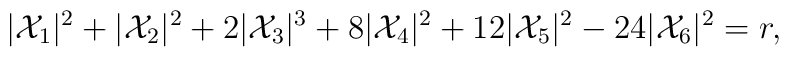
|{\cal X}_1|^2+|{\cal X}_2|^2+2|{\cal X}_3|^3+8|{\cal X}_4|^2+12|{\cal X}_5|^2-24|{\cal X}_6|^2=r,